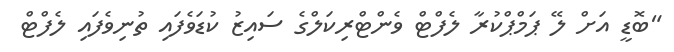
"ބޮޑީ އަށް ލޭ ޕަމްޕްކުރާ ލެފްޓް ވެންޓްރިކަލްގެ ސައިޒު ކުޑަވެފައި ތުނިވެފައި ލެފްޓް